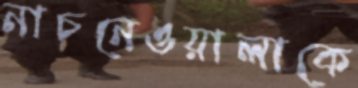
নাচনেওয়ালাকে